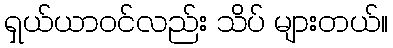
ရှယ်ယာဝင်လည်း သိပ် များတယ်။